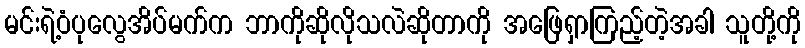
မင်းရဲ့ဝံပုလွေအိပ်မက်က ဘာကိုဆိုလိုသလဲဆိုတာကို အဖြေရှာကြည့်တဲ့အခါ သူတို့ကို